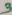
Text: 3